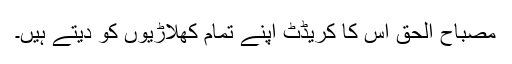
مصباح الحق اس کا کریڈٹ اپنے تمام کھلاڑیوں کو دیتے ہیں۔